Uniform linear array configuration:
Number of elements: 16
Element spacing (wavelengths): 0.75
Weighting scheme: blackman
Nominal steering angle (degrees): -30
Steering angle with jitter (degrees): -28.486
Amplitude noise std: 0.05
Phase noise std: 0.05

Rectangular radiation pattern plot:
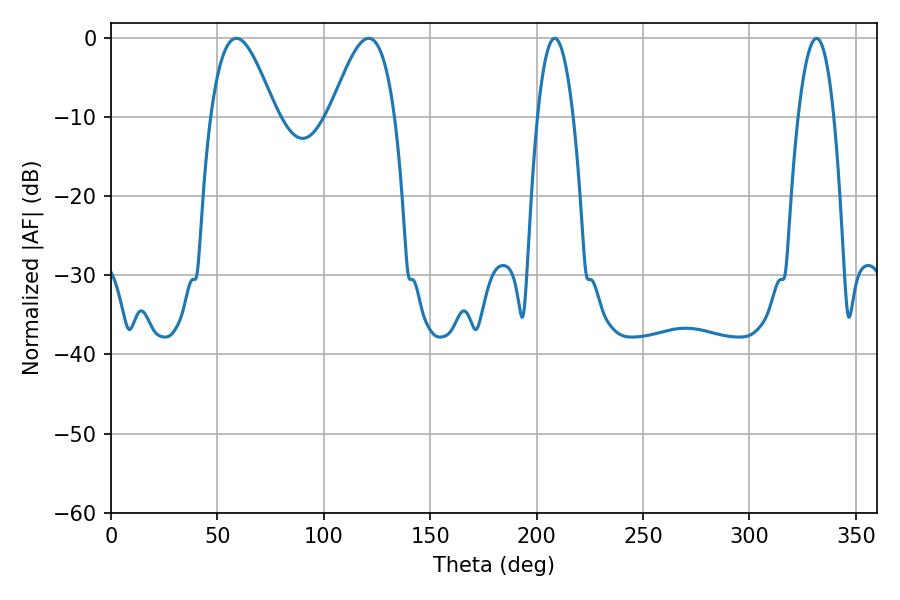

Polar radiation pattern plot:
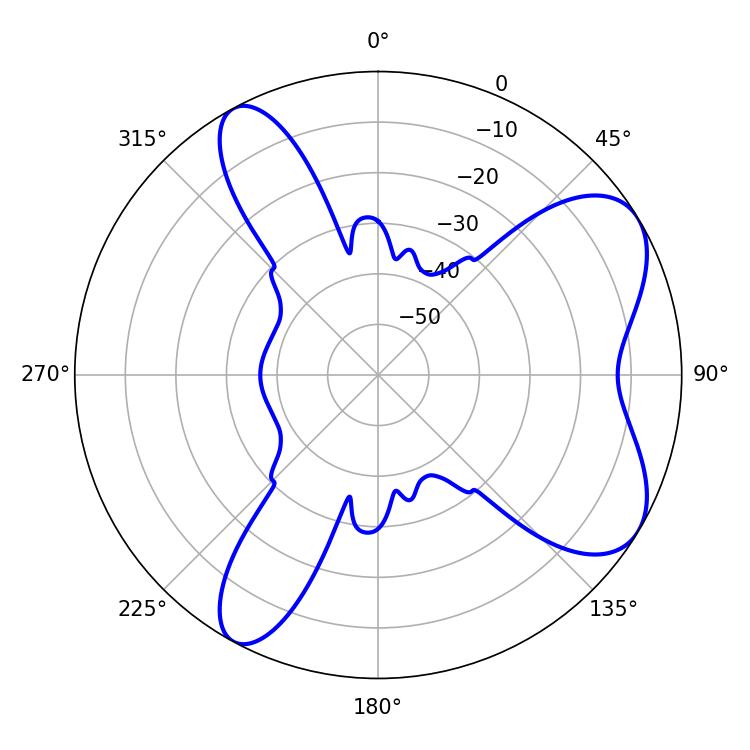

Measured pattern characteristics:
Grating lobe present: TRUE
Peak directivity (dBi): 7.022
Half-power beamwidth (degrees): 16.56
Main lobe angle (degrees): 58.86